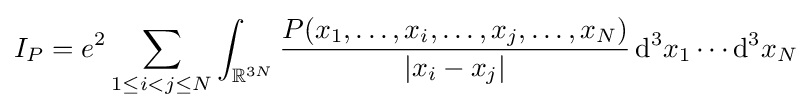
I_{P}=e^{2}\sum _{1\leq i<j\leq N}\int _{\mathbb {R} ^{3N}}{\frac {P(x_{1},\dots ,x_{i},\dots ,x_{j},\dots ,x_{N})}{|x_{i}-x_{j}|}}\,\mathrm {d} ^{3}x_{1}\cdots \mathrm {d} ^{3}x_{N}